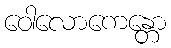
ဝေါလောကေန္တော